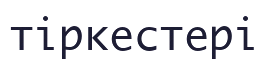
тіркестері